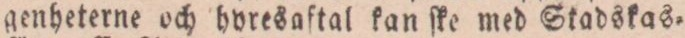
genheterne och hyresaftal kan ſke med Stadskas=